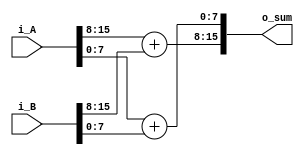
module complex_add (
    i_A,
    i_B,
    o_sum
);

input wire [15:0] i_A, i_B;
output wire [15:0] o_sum;

// Intermediate wires
wire [7:0] a_real = i_A[15:8];
wire [7:0] a_imag = i_A[7:0];

wire [7:0] b_real = i_B[15:8];
wire [7:0] b_imag = i_B[7:0];

// Simple complex addition
assign o_sum[15:8] = a_real + b_real;
assign o_sum[7:0] = a_imag + b_imag;

endmodule